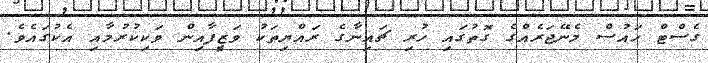
ގެސްޓް ހައުސް މެނޭޖަރެއްގެ ގޮތުގައި ހުރި ޗައިނާގެ ރައްޔިތަކު ވަޒީފާއިން ވަކިކުރުމާއި އެކުގައެވެ.